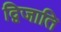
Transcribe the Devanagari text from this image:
द्विजाति